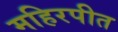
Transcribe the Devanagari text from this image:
महिरपीत